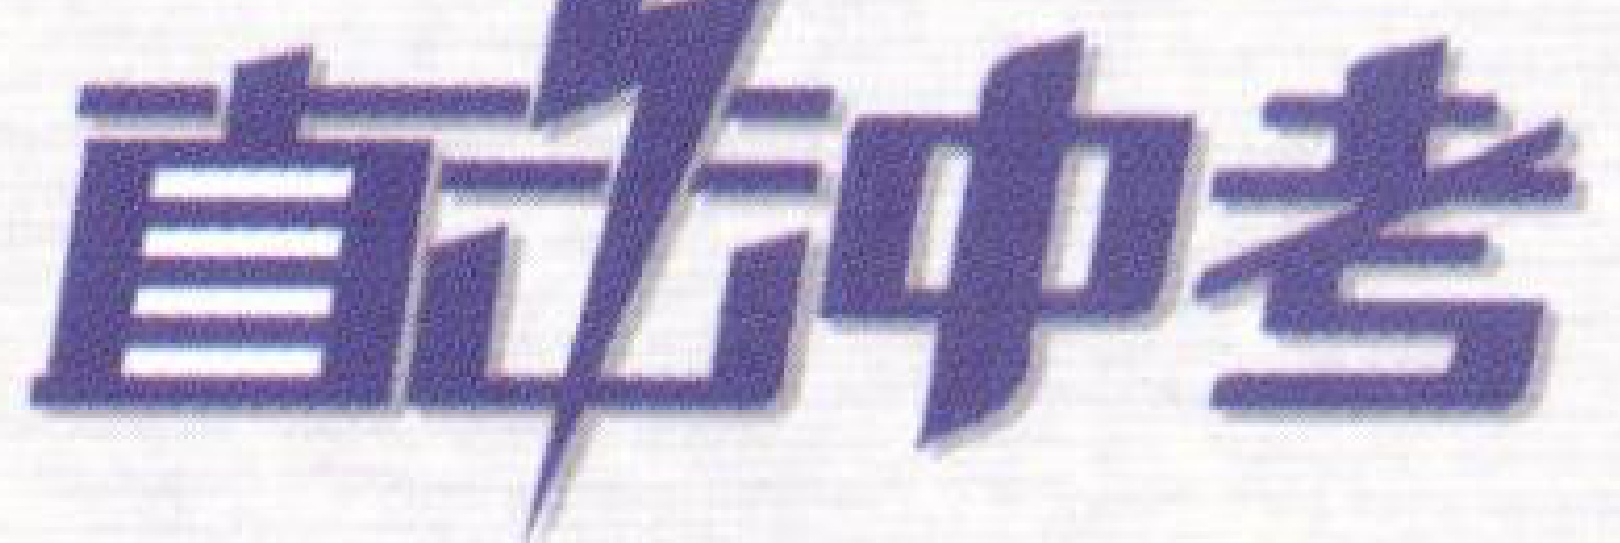
直击中考